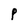
Character: P